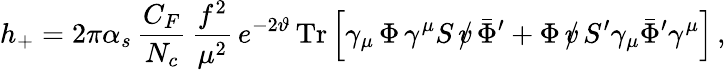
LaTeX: h_{+}=2\pi\alpha_{s}\, \frac{C_{F}}{N_{c}}\, \frac{f^{2}}{\mu^{2}}\, e^{-2\vartheta}\, \mathrm{Tr}\left[\gamma_{\mu}\, \Phi\, \gamma^{\mu}S\, \rlap/v\, \bar{\Phi}^{\prime}+\Phi\, \rlap/v\, S^{\prime}\gamma_{\mu}\bar{\Phi}^{\prime}\gamma^{\mu}\right]\, ,